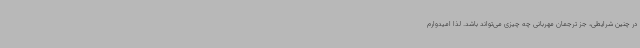
در چنین شرایطی، جز ترجمان مهربانی چه چیزی می‌تواند باشد. لذا امیدوارم